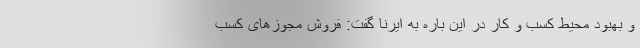
و بهبود محیط کسب و کار در این باره به ایرنا گفت: فروش مجوزهای کسب